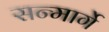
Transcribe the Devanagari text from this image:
सन्मार्गे